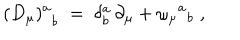
{ ( D _ { \mu } ) ^ { a } } _ { b } \; = \; \delta _ { b } ^ { a } \, \partial _ { \mu } + \omega _ { \mu } { } ^ { a } { } _ { b } \; ,